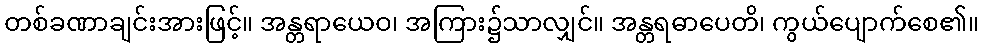
တစ်ခဏာချင်းအားဖြင့်။ အန္တရာယေဝ၊ အကြား၌သာလျှင်။ အန္တရဓာပေတိ၊ ကွယ်ပျောက်စေ၏။